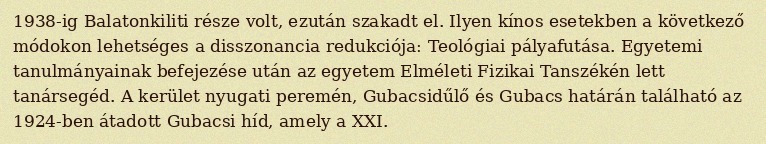
1938-ig Balatonkiliti része volt, ezután szakadt el. Ilyen kínos esetekben a következő módokon lehetséges a disszonancia redukciója: Teológiai pályafutása. Egyetemi tanulmányainak befejezése után az egyetem Elméleti Fizikai Tanszékén lett tanársegéd. A kerület nyugati peremén, Gubacsidűlő és Gubacs határán található az 1924-ben átadott Gubacsi híd, amely a XXI.